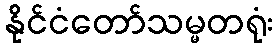
နိုင်ငံတော်သမ္မတရုံး